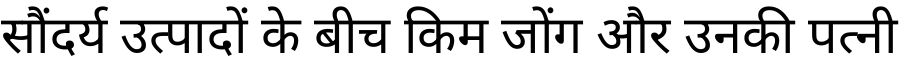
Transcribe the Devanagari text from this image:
सौंदर्य उत्पादों के बीच किम जोंग और उनकी पत्नी